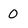
Character: 0